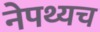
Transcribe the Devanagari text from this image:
नेपथ्यच